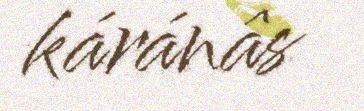
káránâs